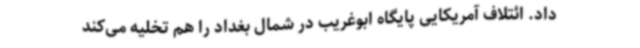
داد. ائتلاف آمریکایی پایگاه ابوغریب در شمال بغداد را هم تخلیه می‌کند